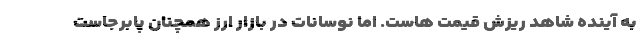
به آینده شاهد ریزش قیمت هاست. اما نوسانات در بازار ارز همچنان پابرجاست